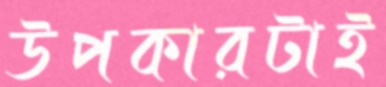
উপকারটাই